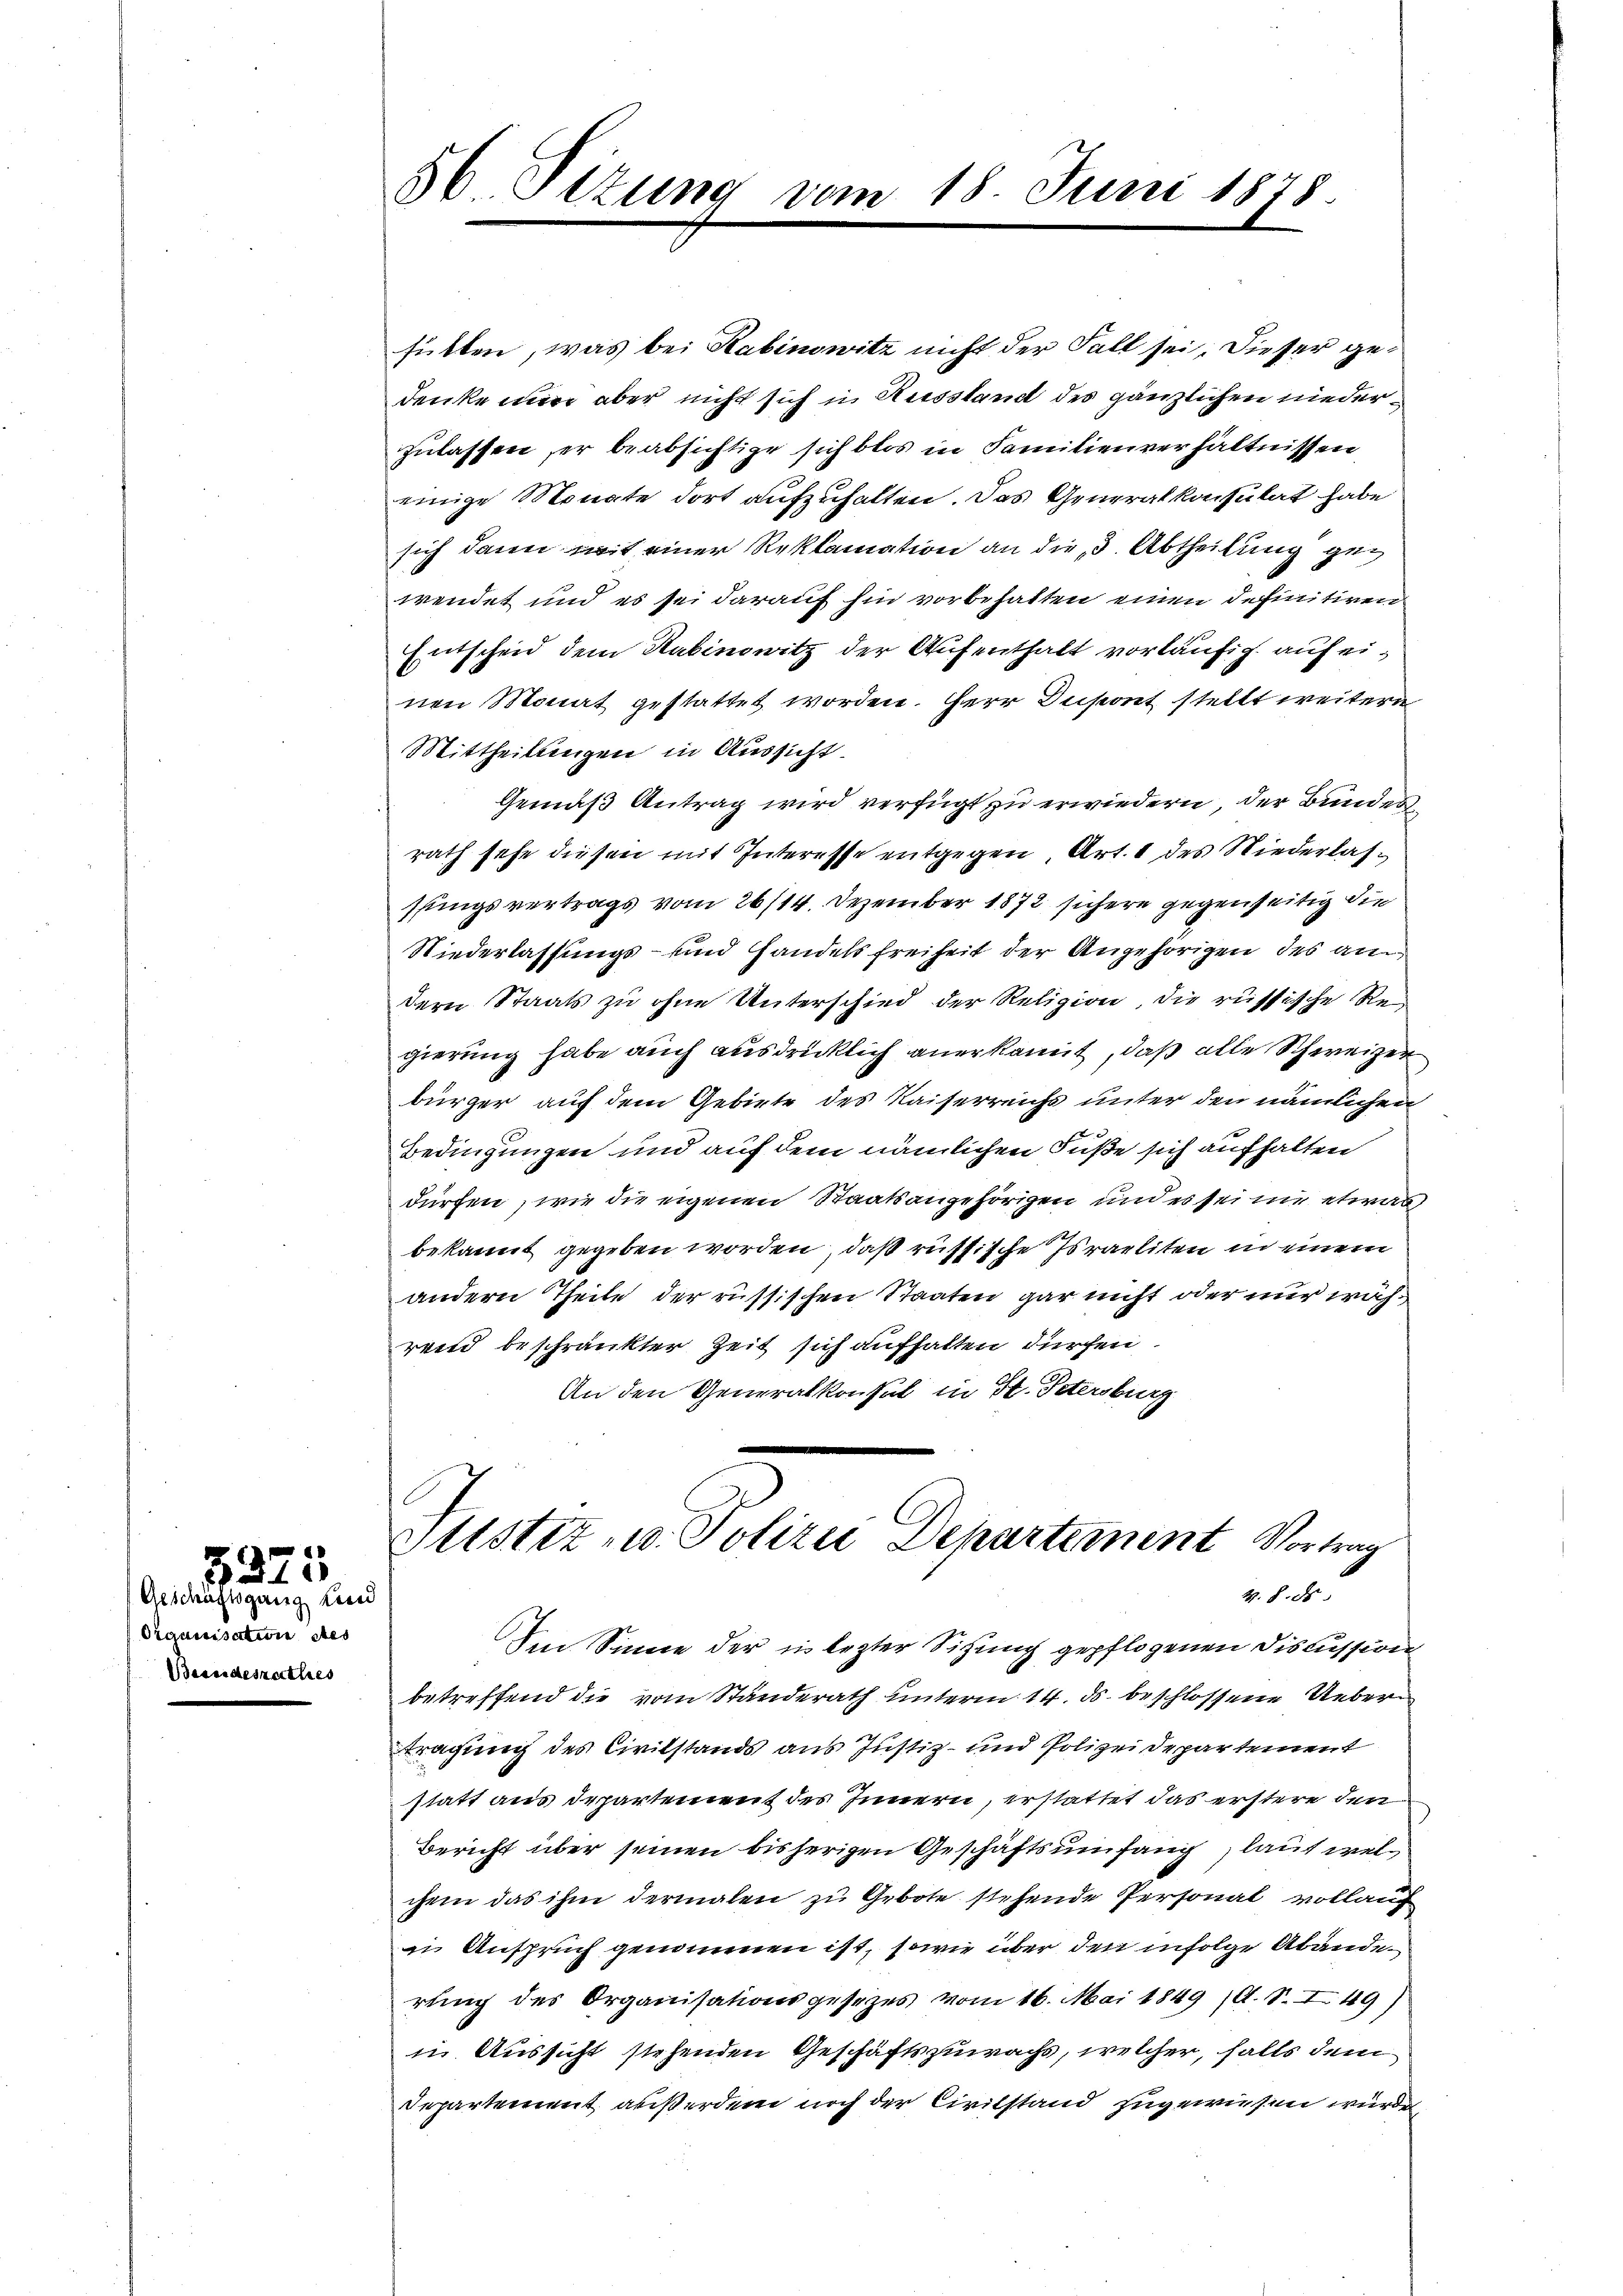
9
1
.

Geschäftsgang Land
Organisation des
Beendesrathes

56 Sitzung vom 18. Juni 1878

fütten, was bei Kabinowitz nicht der Fall sei. Dieser gedenke nun aber nicht sich in Ausstand des gänzlichen niederzulassen, er beabsichtige sich blos in Familienverhältnissen
einige Monate dort aufzuhalten. Das Generalkonsulat habe
sich dann mit einer Reklamation an die 3. Abtheilung geg
wendet und es sei darauf hin vorbehalten einen definitiven
Entscheid dem Kabinowitz der Aufenthalt vorläufig auf einen Monat gestattet worden. Herr Depont stellt weitern
Mittheilungen in Aussicht.
Gemäß Antrag wird verfügt zu erwiedern, der Bundes
rath sehe diesen mit Interesse entgegen, Art. 1 des Niederlasssungsvertrags vom 26/14. Dezember 1872 sichere gegenseitig die
Niederlassungs- und Handelsfreiheit der Angehörigen des andern Staats zu ohne Unterschied der Religion, die russische Regierung habe auch ausdrücklich anerkannt, daß alle Schweizer
bürger auf dem Gebiete des Kaiserreichs unter den nämlichen
x
Bedingungen und auf dem nämlichen Fuße sich aufhalten
dürfen, wie die eigenen Staatsangehörigen und es sei nie etwas
bekannt gegeben worden, daß russische Israeliten in einem
andern Theile der russischen Staaten gar nicht oder nur während beschränkter Zeit sich aufhalten dürfen
An den Generalkonsul in St. Petersburg

Sistiz u. Polizei Departement Vortrag
4. 8. ds.

den Sinne der in lezter Sitzung gepflogenen Discussion
betreffend die vom Standerath unterm 14. ds. beschlossene Uebertragung des Civilstands aus Justiz- und Polizeidepartement
statt aus Departement des Innern, erstattet das erstere den
Bericht über seinen bisherigen Geschäftsumfang, laut welchem das ihm dermalen zu Gebote stehende Personal vollauf
in Anspruch genommen ist, sowie über den infolge Abände
rung des Organisationsgesetzes vom 16. Mai 1849 (O. S. II 49)
in Aussicht stehenden Geschäftszuwachs, welcher, falls dem
Departement außerdem noch der Civilstand zugewiesen würde,